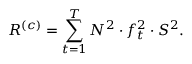
R ^ { ( c ) } = \sum _ { t = 1 } ^ { T } N ^ { 2 } \cdot f _ { t } ^ { 2 } \cdot S ^ { 2 } .